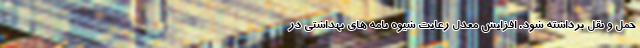
حمل و نقل برداشته شود. افزایش معدل رعایت شیوه نامه های بهداشتی در